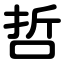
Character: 哲